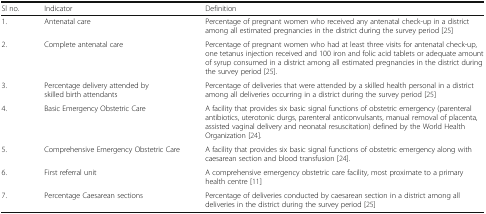
<table><thead><tr><td><b>Sl no.</b></td><td><b>Indicator</b></td><td><b>Definition</b></td></tr></thead><tbody><tr><td>1.</td><td>Antenatal care</td><td>Percentage of pregnant women who received any antenatal check-up in a district among all estimated pregnancies in the district during the survey period [25]</td></tr><tr><td>2.</td><td>Complete antenatal care</td><td>Percentage of pregnant women who had at least three visits for antenatal check-up, one tetanus injection received and 100 iron and folic acid tablets or adequate amount of syrup consumed in a district among all estimated pregnancies in the district during the survey period [25].</td></tr><tr><td>3.</td><td>Percentage delivery attended by skilled birth attendants</td><td>Percentage of deliveries that were attended by a skilled health personal in a district among all deliveries occurring in a district during the survey period [25]</td></tr><tr><td>4.</td><td>Basic Emergency Obstetric Care</td><td>A facility that provides six basic signal functions of obstetric emergency (parenteral antibiotics, uterotonic durgs, parenteral anticonvulsants, manual removal of placenta, assisted vaginal delivery and neonatal resuscitation) defined by the World Health Organization [24].</td></tr><tr><td>5.</td><td>Comprehensive Emergency Obstetric Care</td><td>A facility that provides six basic signal functions of obstetric emergency along with caesarean section and blood transfusion [24].</td></tr><tr><td>6.</td><td>First referral unit</td><td>A comprehensive emergency obstetric care facility, most proximate to a primary health centre [11]</td></tr><tr><td>7.</td><td>Percentage Caesarean sections</td><td>Percentage of deliveries conducted by caesarean section in a district among all deliveries in the district during the survey period [25]</td></tr></tbody></table>